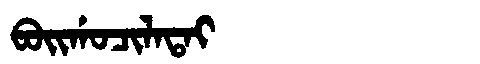
Manchu: ᠪᠣᡳᡤᠣᠴᡳᠯᠠᡨᠠᡳ
Romanization: BOIGOCILATAI